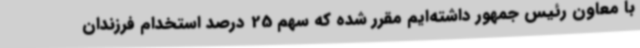
با معاون رئیس جمهور داشته‌ایم مقرر شده که سهم 25 درصد استخدام فرزندان